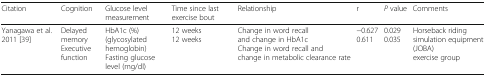
<table><thead><tr><td><b>Citation</b></td><td><b>Cognition</b></td><td><b>Glucose level measurement</b></td><td><b>Time since last exercise bout</b></td><td><b>Relationship</b></td><td><b>r</b></td><td><b><i>P</i> value</b></td><td><b>Comments</b></td></tr></thead><tbody><tr><td>Yanagawa et al. 2011 [39]</td><td>Delayed memoryExecutive function</td><td>HbA1c (%)(glycosylated hemoglobin)Fasting glucose level (mg/dl)</td><td>12 weeks12 weeks</td><td>Change in word recall and change in HbA1cChange in word recall and change in metabolic clearance rate</td><td>−0.6270.611</td><td>0.0290.035</td><td>Horseback riding simulation equipment (JOBA)exercise group</td></tr></tbody></table>